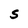
Character: S